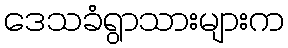
ဒေသခံရွာသားများက